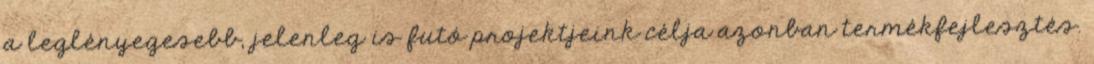
a leglényegesebb, jelenleg is futó projektjeink célja azonban termékfejlesztés.